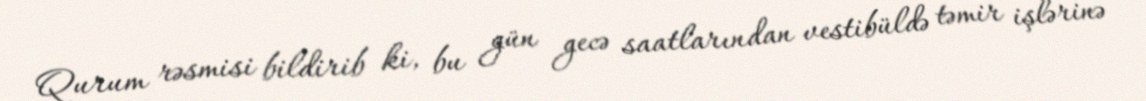
Qurum rəsmisi bildirib ki, bu gün gecə saatlarından vestibüldə təmir işlərinə